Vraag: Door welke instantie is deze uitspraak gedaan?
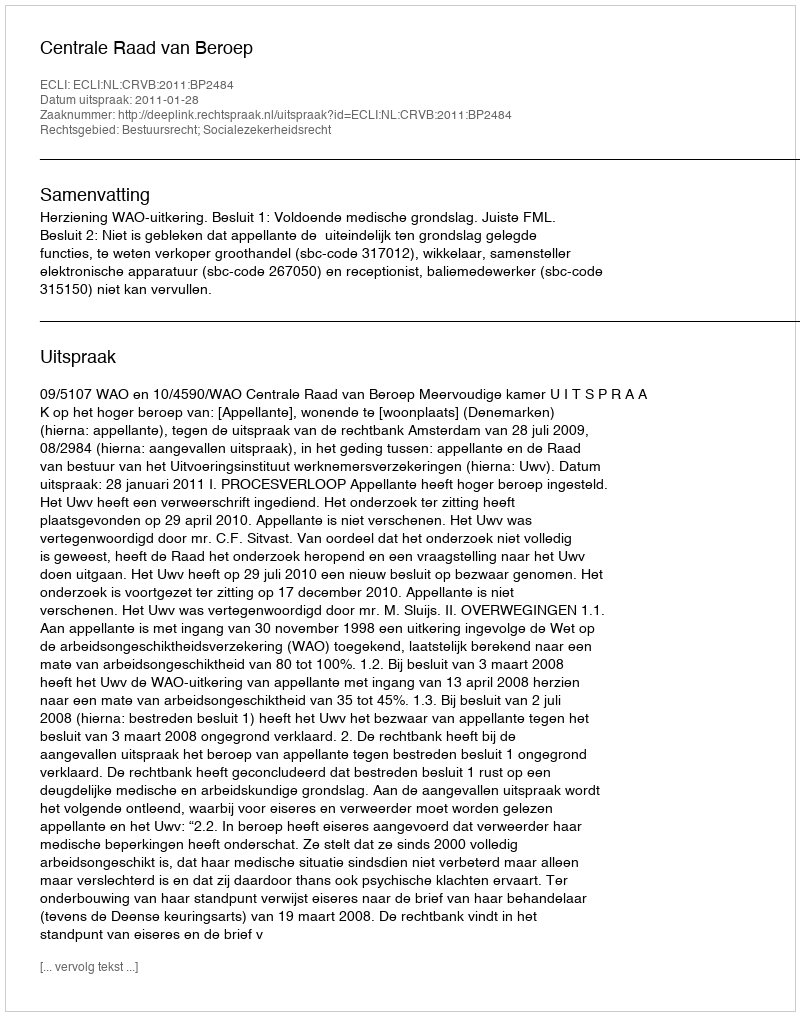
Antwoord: Centrale Raad van Beroep